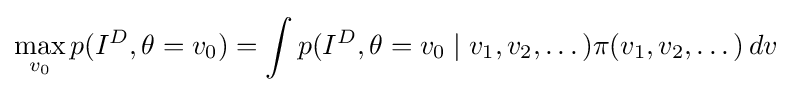
\max _{v_{0}}p(I^{D},\theta =v_{0})=\int p(I^{D},\theta =v_{0}\mid v_{1},v_{2},\dots )\pi (v_{1},v_{2},\dots )\,dv